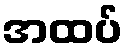
အထပ်